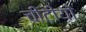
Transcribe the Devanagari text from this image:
चींटीयों